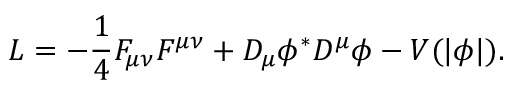
{ \cal L } = - \frac { 1 } { 4 } F _ { \mu \nu } F ^ { \mu \nu } + D _ { \mu } \phi ^ { * } D ^ { \mu } \phi - V ( | \phi | ) .